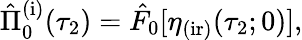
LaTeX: \begin{array}{r}{\hat{\Pi}_{0}^{\mathrm{(i)}}(\tau_{2})=\hat{F}_{0}[\eta_{\mathrm{(ir)}}(\tau_{2};0)],}\end{array}